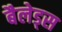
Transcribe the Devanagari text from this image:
बैलेड्स